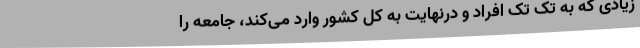
زیادی که به تک تک افراد و درنهایت به کل کشور وارد می‌کند، جامعه را